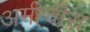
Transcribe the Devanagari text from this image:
अमीचीस